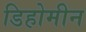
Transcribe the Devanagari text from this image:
डिहोमीन